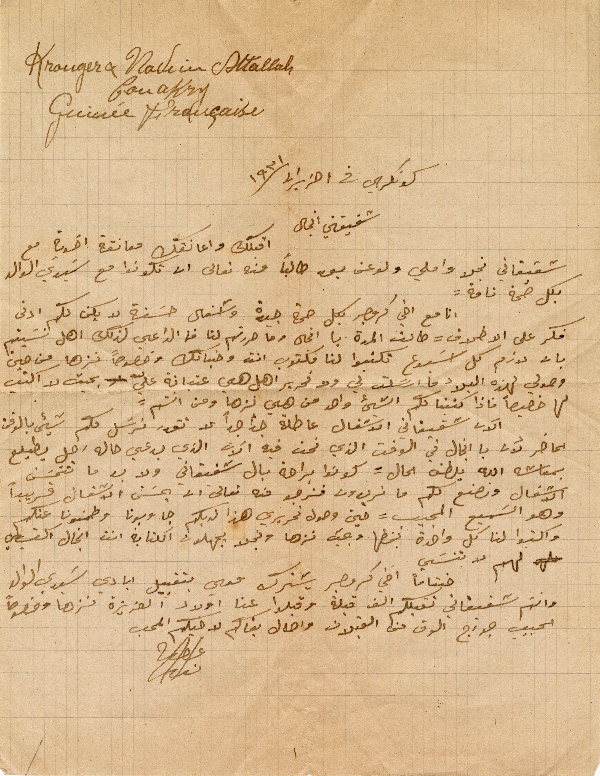
Krouger & Wakim Attallah
Conakry
Guinée Française
كونكري في ١ حزيران سنة ١٩٣١
شقيقتي انجال
اقبلك واعانقك معانقة اخوية مع
شقيقاتي نجلا واملي ولو عن بعد طالباً منه تعالى ان تكونوا مع سَيدي الوالد
بكل صحة تامة.
انا مع اخي كروجر بكل صحة جيدة واشغال حسَنة لا يكن لكم ادنى
فكر على الاطلاق = طالت المدة يا انجال وما حررتم لنا فما الداعي لذلك اهل نسَيتم
بان لازم كل اسبوع تكتبوا لنا مكتوب انت وخياتك وخصوصاً نزها من حين
وصولي لهذه البلاد ما ارسَلت لي ولا تحرير اهل هي عتبانه عليّ بحيث لا اكتب
ها خصيصاً فاذا كتبنالكم الشيء واحد من هي نزها ومن انتم؟
الآن شقيقاتي الاشغال عاطلة جداًجداً لا نقدر نرسَل  لكم شيء بالوقت
الحاضر لأن يا انجال في الوقت الذي نحن فيه الأن الذي يدعي حاله رجل يطيلع
بمعاشه الله يلطف الحال = كونوا براحة البال شقيقاتي ولا بد ما تتحسَن
الاشغال ونصنع لكم ما تريدون فنرجو منه تعالى ان يحسَن الاشغال قريباً
وهو السَميع المجيب = حين وصول تحريري هذا لديكم جاوبونا وطمنونا عنكم
واكتبوا لنا كل واحدة بخطها وبحيث نزها ونجلا يجهلون الكتابة انت انجال اكتبي
لهم لا تنسَي.
ختاماً اخي كروجر يشترك معي بتقبيل ايادي سَيدي الوالد
وانتم شقيقاتي نقبلكم الف قبلة وقبلوا عنا اولاد العزيزة نزها وخصوصاً
الحبيب جورج الوف من القبلات واطال بقاكم لاخيكم المحب
نديم عطالله